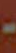
-